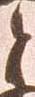
と